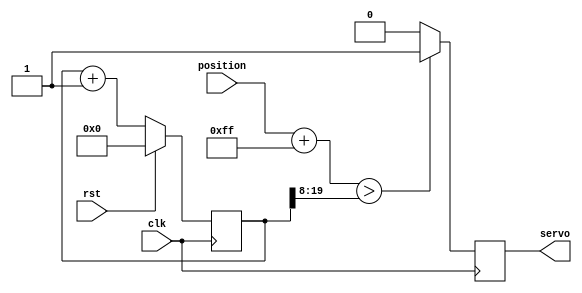
`timescale 1ns / 1ps
//////////////////////////////////////////////////////////////////////////////////
// Company: 
// Engineer: 
// 
// Design Name: 
// Module Name:    servo 
// Project Name: 
// Target Devices: 
// Tool versions: 
// Description: 
//
// Dependencies: 
//
// Revision: 
// Revision 0.01 - File Created
// Additional Comments: 
//
//////////////////////////////////////////////////////////////////////////////////
module servo(

	input clk,
	input rst,
	input [7:0] position,
	output servo
    );

reg pwm_d, pwm_q;
reg [19:0] ctr_d, ctr_q;

assign servo = pwm_q;

always @(*) begin
	ctr_d = ctr_q + 1'b1;
	
	if (position + 8'd255 > ctr_q[19:8])
		pwm_d = 1'b1;
	else
		pwm_d = 1'b0;
end

always @(posedge clk) begin
	if (rst) begin
		ctr_q <= 1'b0;
	end else begin
		ctr_q <= ctr_d;
	end
	
	pwm_q <= pwm_d;
end

endmodule